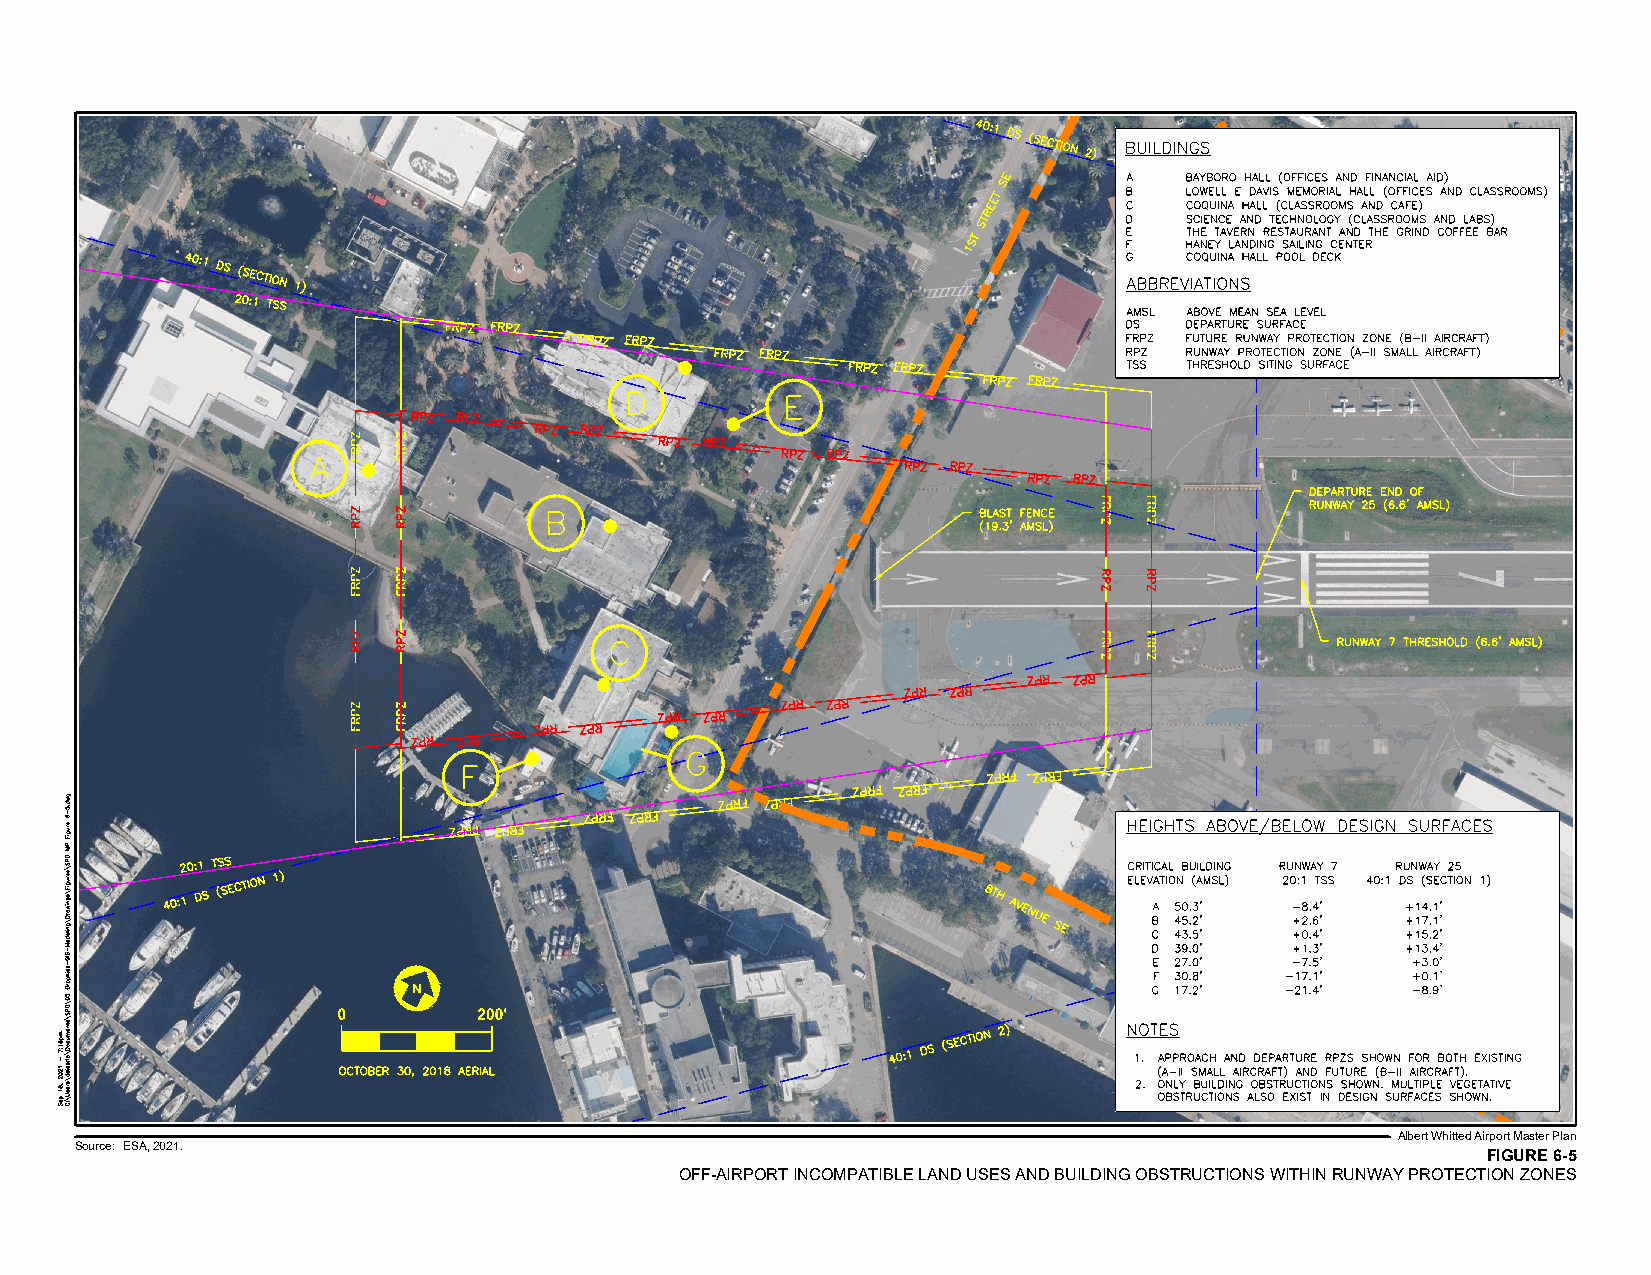
N
 0         200'
 Albert Whitted Airport Master Plan
 Source: ESA, 2021.
 FIGURE 6-5
 OFF-AIRPORT INCOMPATIBLE LAND USES AND BUILDING OBSTRUCTIONS WITHIN RUNWAY PROTECTION ZONES